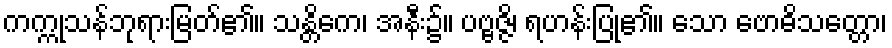
ကက္ကုသန်ဘုရားမြတ်၏။ သန္တိကေ၊ အနီး၌။ ပဗ္ဗဇ္ဇိ၊ ရဟန်းပြု၏။ သော ဗောဓိသတ္တော၊